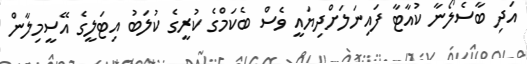
އަދި ބާސެލޯނާ ކުއާޓާ ފައިނަލަށްދިޔައީ ވެސް ބެކަމްގެ ކުރީގެ ކުލަބު އިޓަލީގެ އޭސީމިލާން